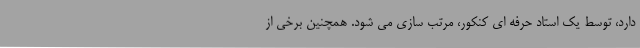
دارد، توسط یک استاد حرفه ای کنکور، مرتب سازی می شود. همچنین برخی از